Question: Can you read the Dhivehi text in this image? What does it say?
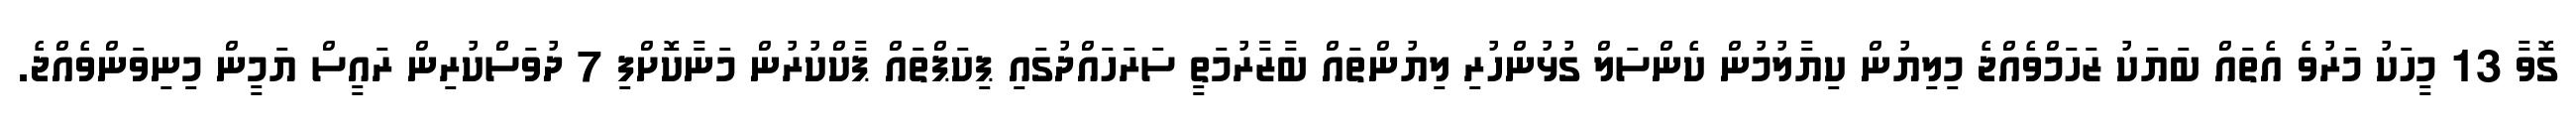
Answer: ގޮވާ 13 މީހަކު މަރުވެ އެތައް ބަޔަކު ޒަހަމްވެއްޖެ މިލިޔުން ކިޔާލުމުން ކެންސަލް ގުޅުންހުރި ލިޔުންތައް ބާޒާރުމަތީ ސަރަހައްދުގައި ޕިކަޕްތައް ޕާކްކުރުން މަނާކޮށްފި 7 ދުވަސްކުރިން ރައީސް ޔަމީން މިނިވަންވެއްޖެ.